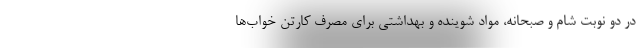
در دو نوبت شام و صبحانه، مواد شوینده و بهداشتی برای مصرف کارتن خواب‌ها